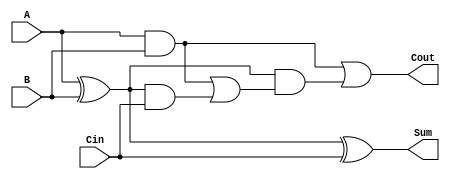
module CarryLookaheadFullAdder (
    input wire A,        // First binary digit
    input wire B,        // Second binary digit
    input wire Cin,      // Carry input
    output wire Sum,     // Sum output
    output wire Cout     // Carry output
);

    // Internal signals for propagate and generate
    wire P;              // Propagate signal
    wire G;              // Generate signal
    wire C1;             // Intermediate carry output

    // Logic for Propagate and Generate signals
    assign P = A ^ B;    // P = A XOR B
    assign G = A & B;    // G = A AND B

    // Carry output logic
    assign C1 = G | (P & Cin); // C1 = G OR (P AND Cin)
    assign Cout = G | (P & C1); // Cout = G_next OR (P_next AND C1)

    // Sum output logic
    assign Sum = P ^ Cin; // Sum = P XOR Cin

endmodule